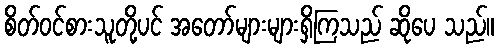
စိတ်ဝင်စားသူတို့ပင် အတော်များများရှိကြသည် ဆိုပေ သည်။